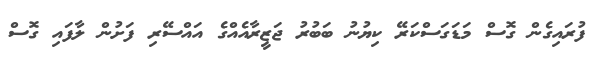
ފުރައިގެން ގޮސް މަޑަގަސްކަރޭ ކިޔުނު ބަބުރު ޖަޒީރާއެއްގެ އައްސޭރި ފަށުން ލާފައި ގޮސް